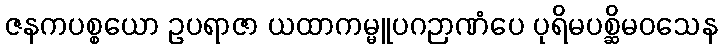
ဇနကပစ္စယော ဥပရာဇာ ယထာကမ္မူပဂဉာဏံပေ ပုရိမပစ္ဆိမဝသေန